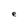
Character: e